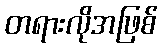
တရားလိုအဖြစ်